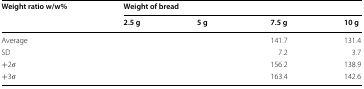
<table><thead><tr><td rowspan="2"><b>Weight ratio w/w%</b></td><td colspan="4"><b>Weight of bread</b></td></tr><tr><td><b>2.5 g</b></td><td><b>5 g</b></td><td><b>7.5 g</b></td><td><b>10 g</b></td></tr></thead><tbody><tr><td>Average</td><td>[EMPTY_CELL]</td><td>[EMPTY_CELL]</td><td>141.7</td><td>131.4</td></tr><tr><td>SD</td><td>[EMPTY_CELL]</td><td>[EMPTY_CELL]</td><td>7.2</td><td>3.7</td></tr><tr><td>+2σ</td><td>[EMPTY_CELL]</td><td>[EMPTY_CELL]</td><td>156.2</td><td>138.9</td></tr><tr><td>+3σ</td><td>[EMPTY_CELL]</td><td>[EMPTY_CELL]</td><td>163.4</td><td>142.6</td></tr></tbody></table>